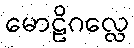
မောဠိဂလ္လေ